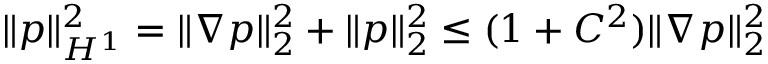
\| p \| _ { H ^ { 1 } } ^ { 2 } = \| \nabla p \| _ { 2 } ^ { 2 } + \| p \| _ { 2 } ^ { 2 } \leq ( 1 + C ^ { 2 } ) \| \nabla p \| _ { 2 } ^ { 2 }